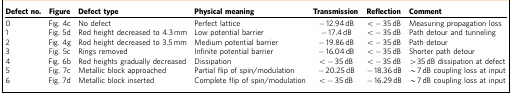
<table><thead><tr><td><b>Defect no.</b></td><td><b>Figure</b></td><td><b>Defect type</b></td><td><b>Physical meaning</b></td><td><b>Transmission</b></td><td><b>Reflection</b></td><td><b>Comment</b></td></tr></thead><tbody><tr><td>0</td><td>Fig. 4c</td><td>No defect</td><td>Perfect lattice</td><td>−12.94 dB</td><td>&lt;−35 dB</td><td>Measuring propagation loss</td></tr><tr><td>1</td><td>Fig. 5d</td><td>Rod height decreased to 4.3 mm</td><td>Low potential barrier</td><td>−17.4 dB</td><td>&lt;−35 dB</td><td>Path detour and tunneling</td></tr><tr><td>2</td><td>Fig. 4g</td><td>Rod height decreased to 3.5 mm</td><td>Medium potential barrier</td><td>−19.86 dB</td><td>&lt;−35 dB</td><td>Path detour</td></tr><tr><td>3</td><td>Fig. 5c</td><td>Rings removed</td><td>Infinite potential barrier</td><td>−16.04 dB</td><td>&lt;−35 dB</td><td>Shorter path detour</td></tr><tr><td>4</td><td>Fig. 6b</td><td>Rod heights gradually decreased</td><td>Dissipation</td><td>&lt;−35 dB</td><td>&lt;−35 dB</td><td>&gt;35 dB dissipation at defect</td></tr><tr><td>5</td><td>Fig. 7c</td><td>Metallic block approached</td><td>Partial flip of spin/modulation</td><td>−20.25 dB</td><td>−18.36 dB</td><td>∼7 dB coupling loss at input</td></tr><tr><td>6</td><td>Fig. 7d</td><td>Metallic block inserted</td><td>Complete flip of spin/modulation</td><td>&lt;−35 dB</td><td>−16.29 dB</td><td>∼7 dB coupling loss at input</td></tr></tbody></table>